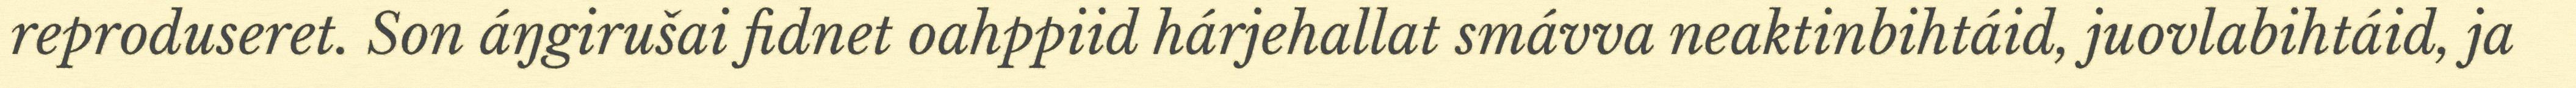
reproduseret. Son áŋgirušai fidnet oahppiid hárjehallat smávva neaktinbihtáid, juovlabihtáid, ja